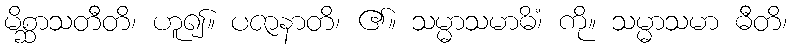
မိစ္ဆာသတီတိ၊ ဟူ၍။ ပဇာနာတိ၊ ၏။ သမ္မာသမာဓိံ၊ ကို။ သမ္မာသမာ ဓီတိ၊